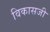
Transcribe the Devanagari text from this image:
विकासजी